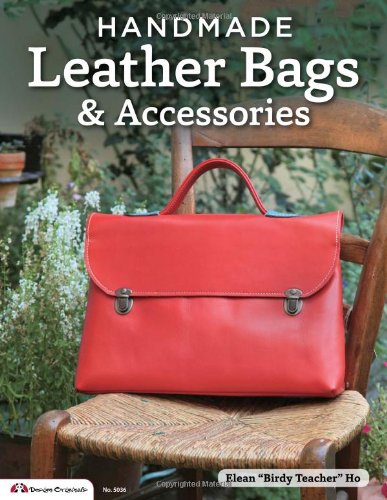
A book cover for Handmade Leather Bags & Accessories (Design Originals); Elean Ho; Crafts, Hobbies & Home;